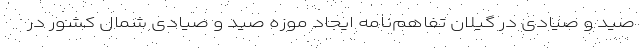
صید و صیادی در گیلان تفاهم‌نامه ایجاد موزه صید و صیادی شمال کشور در